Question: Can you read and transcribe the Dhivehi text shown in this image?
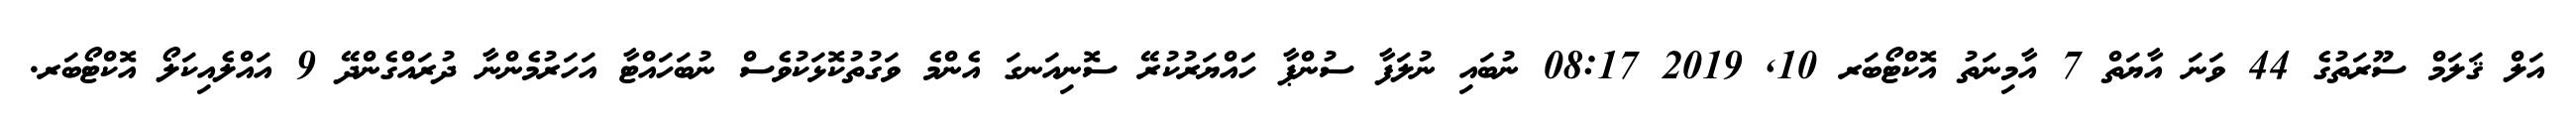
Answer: އަލް ޤަލަމް ސޫރަތުގެ 44 ވަނަ އާޔަތް 7 އާމިނަތު އޮކްޓޯބަރ 10, 2019 08:17 ނުބައި ނުލަފާ ސުންޕާ ހަައްޔަރުކުރޭ ސޮނިއަނގަ އެންމެ ވަގުތުކޮޅަކުވެސް ނުބަހައްޓާ އަހަރުމެންނާ ދުރައްގެންދޭ 9 އައްލެއިކަލޯ އޮކްޓޯބަރ.